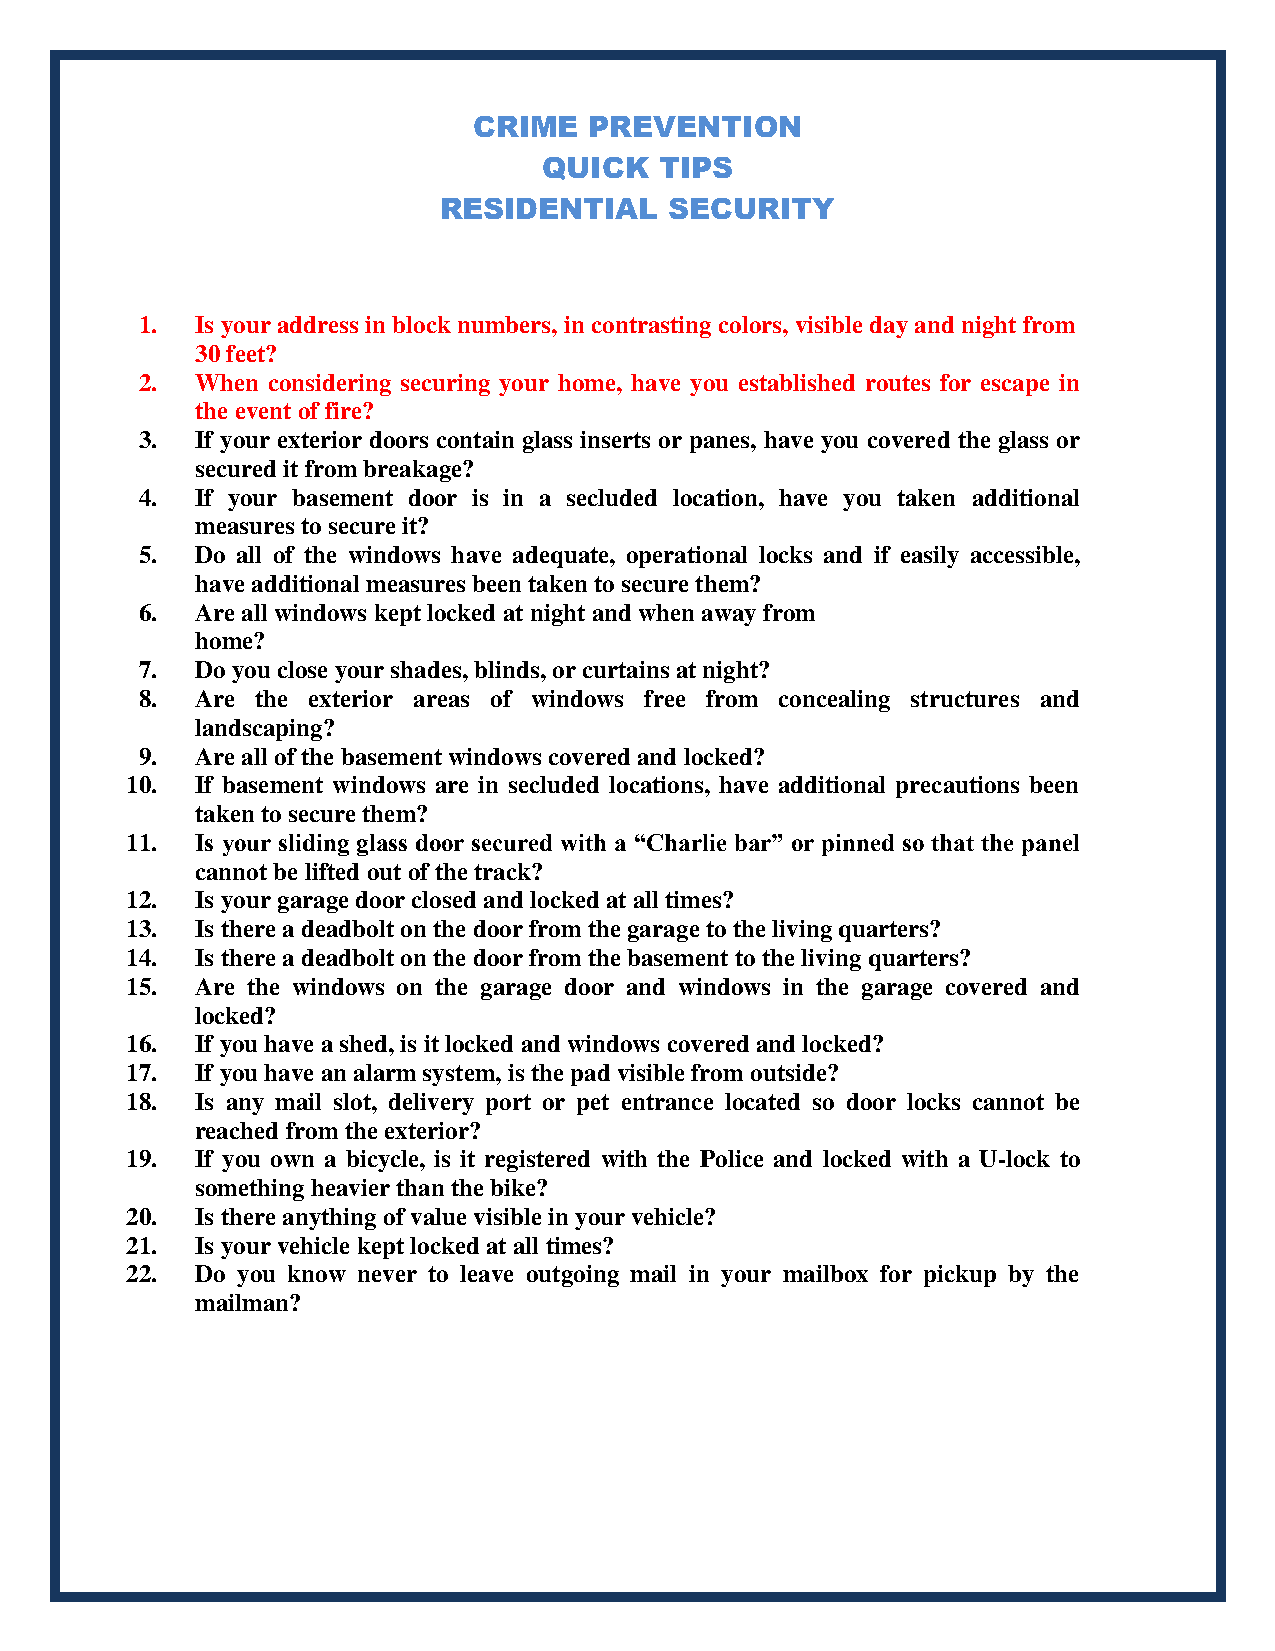
CRIME   PREVENTION
 QUICK   TIPS
 RESIDENTIAL    SECURITY
 1.  Is your address in block numbers, in contrasting colors, visible day and night from
 30 feet?
 2.  When considering securing your home, have you established routes for escape in
 the event of fire?
 3.  If your exterior doors contain glass inserts or panes, have you covered the glass or
 secured it from breakage?
 4.  If your basement door is in a secluded location, have you taken additional
 measures to secure it?
 5.  Do all of the windows have adequate, operational locks and if easily accessible,
 have additional measures been taken to secure them?
 6.  Are all windows kept locked at night and when away from
 home?
 7.  Do you close your shades, blinds, or curtains at night?
 8.  Are the exterior areas of windows free from concealing structures and
 landscaping?
 9.  Are all of the basement windows covered and locked?
 10.  If basement windows are in secluded locations, have additional precautions been
 taken to secure them?
 11.  Is your sliding glass door secured with a “Charlie bar” or pinned so that the panel
 cannot be lifted out of the track?
 12.  Is your garage door closed and locked at all times?
 13.  Is there a deadbolt on the door from the garage to the living quarters?
 14.  Is there a deadbolt on the door from the basement to the living quarters?
 15.  Are the windows on the garage door and windows in the garage covered and
 locked?
 16.  If you have a shed, is it locked and windows covered and locked?
 17.  If you have an alarm system, is the pad visible from outside?
 18.  Is any mail slot, delivery port or pet entrance located so door locks cannot be
 reached from the exterior?
 19.  If you own a bicycle, is it registered with the Police and locked with a U-lock to
 something heavier than the bike?
 20.  Is there anything of value visible in your vehicle?
 21.  Is your vehicle kept locked at all times?
 22.  Do you know never to leave outgoing mail in your mailbox for pickup by the
 mailman?